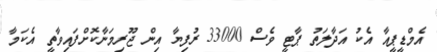
އެމްޑީޕީއާ އެކު އަދާލަތު ޕާޓީ ވެސް 33000 ރުފިޔާ އިން ޖޫރިމަނާކޮށްފައިވާތީ އެކަމާ